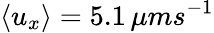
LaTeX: \langle u_{x}\rangle=5.1\, \mu ms^{-1}